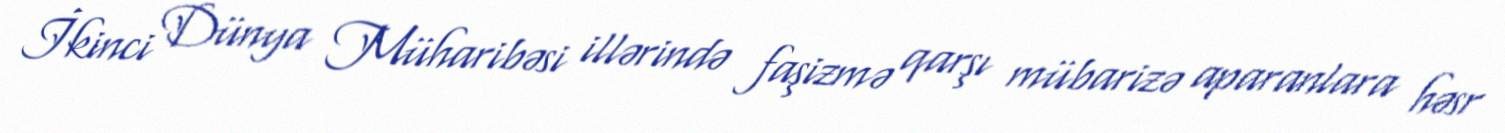
İkinci Dünya Müharibəsi illərində faşizmə qarşı mübarizə aparanlara həsr